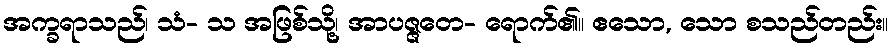
အက္ခရာသည်၊ သံ- သ အဖြစ်သို့၊ အာပဇ္ဇတေ- ရောက်၏။ ဧသော, သော စသည်တည်း။